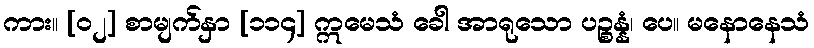
ကား။ [၀၂] စာမျက်နှာ [၁၁၄] ဣမေသံ ခေါ အာရုသော ပဉ္စန္နံ၊ ပေ။ မနောနေသံ